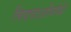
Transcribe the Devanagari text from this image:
चित्रपटअभिनेत्री